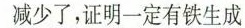
减少了，证明一定有铁生成